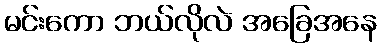
မင်းကော ဘယ်လိုလဲ အခြေအနေ